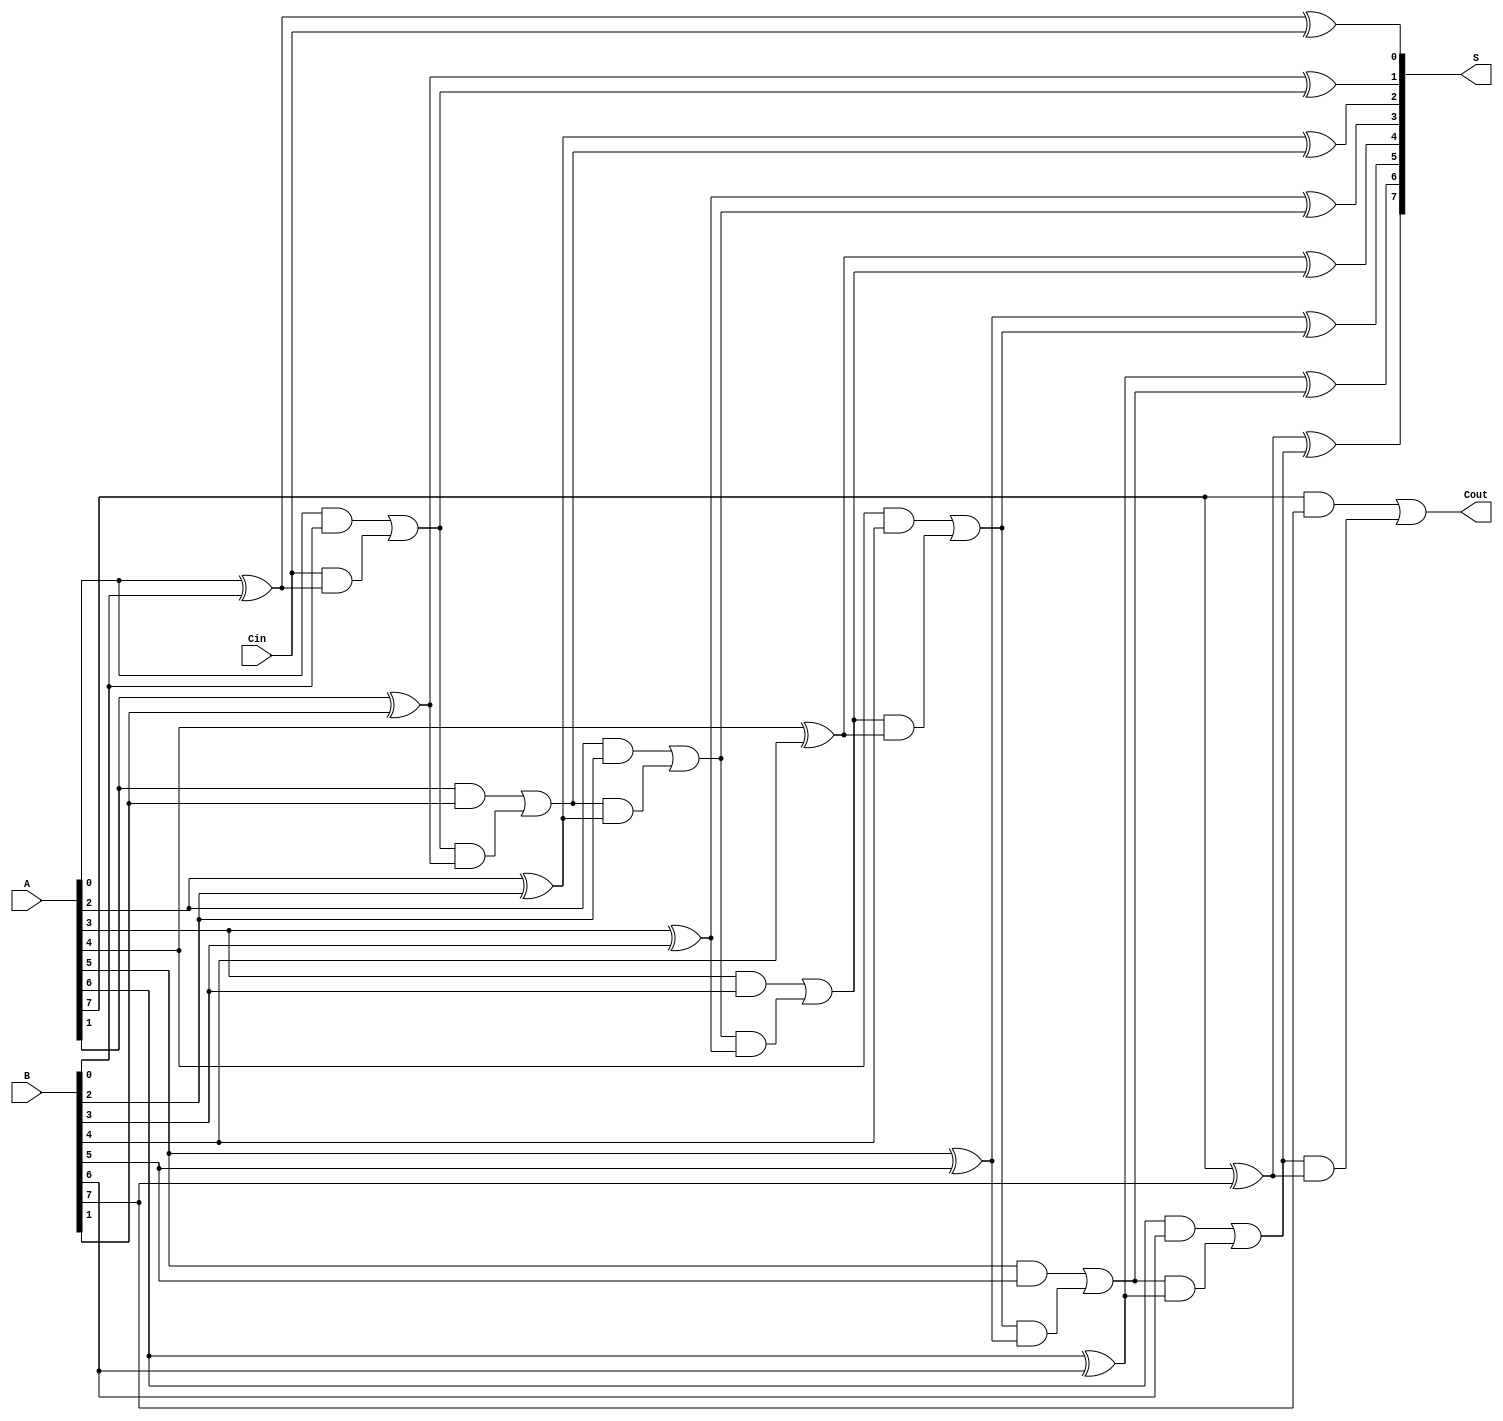
module ManchesterCarryChainAdder #(parameter n = 8) (
    input  wire [n-1:0] A,      // First n-bit input
    input  wire [n-1:0] B,      // Second n-bit input
    input  wire Cin,             // Carry-in
    output wire [n-1:0] S,       // n-bit sum output
    output wire Cout             // Carry-out
);

    wire [n:0] C;               // Carry signals (C[0] is Cin)
    assign C[0] = Cin;          // Initial carry is Cin

    genvar i;
    generate
        for (i = 0; i < n; i = i + 1) begin : full_adder
            // Carry generation
            assign C[i+1] = (A[i] & B[i]) | (C[i] & (A[i] ^ B[i]));
            // Sum calculation
            assign S[i] = A[i] ^ B[i] ^ C[i];
        end
    endgenerate

    assign Cout = C[n];         // Final carry-out

endmodule